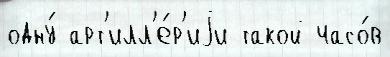
одну́ арт'илл'е́р'иjи такой часо́в